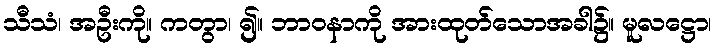
သီသံ၊ အဦးကို။ ကတွာ၊ ၍။ ဘာဝနာကို အားထုတ်သောအခါ၌။ မူလဋ္ဌော၊